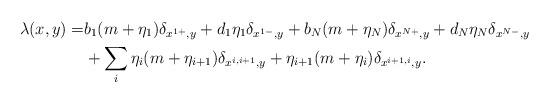
LaTeX: \begin{align*} \lambda(x, y) =& b_1(m+\eta_1) \delta_{x^{1+},y}+d_1 \eta_1 \delta_{x^{1-},y}+ b_N(m+\eta_N) \delta_{x^{N+},y}+d_N \eta_N \delta_{x^{N-},y} \\ &+ \sum_i \eta_i (m+\eta_{i+1}) \delta_{x^{i,i+1},y}+\eta_{i+1} (m+\eta_{i}) \delta_{x^{i+1,i},y}.\end{align*}